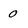
Character: 0